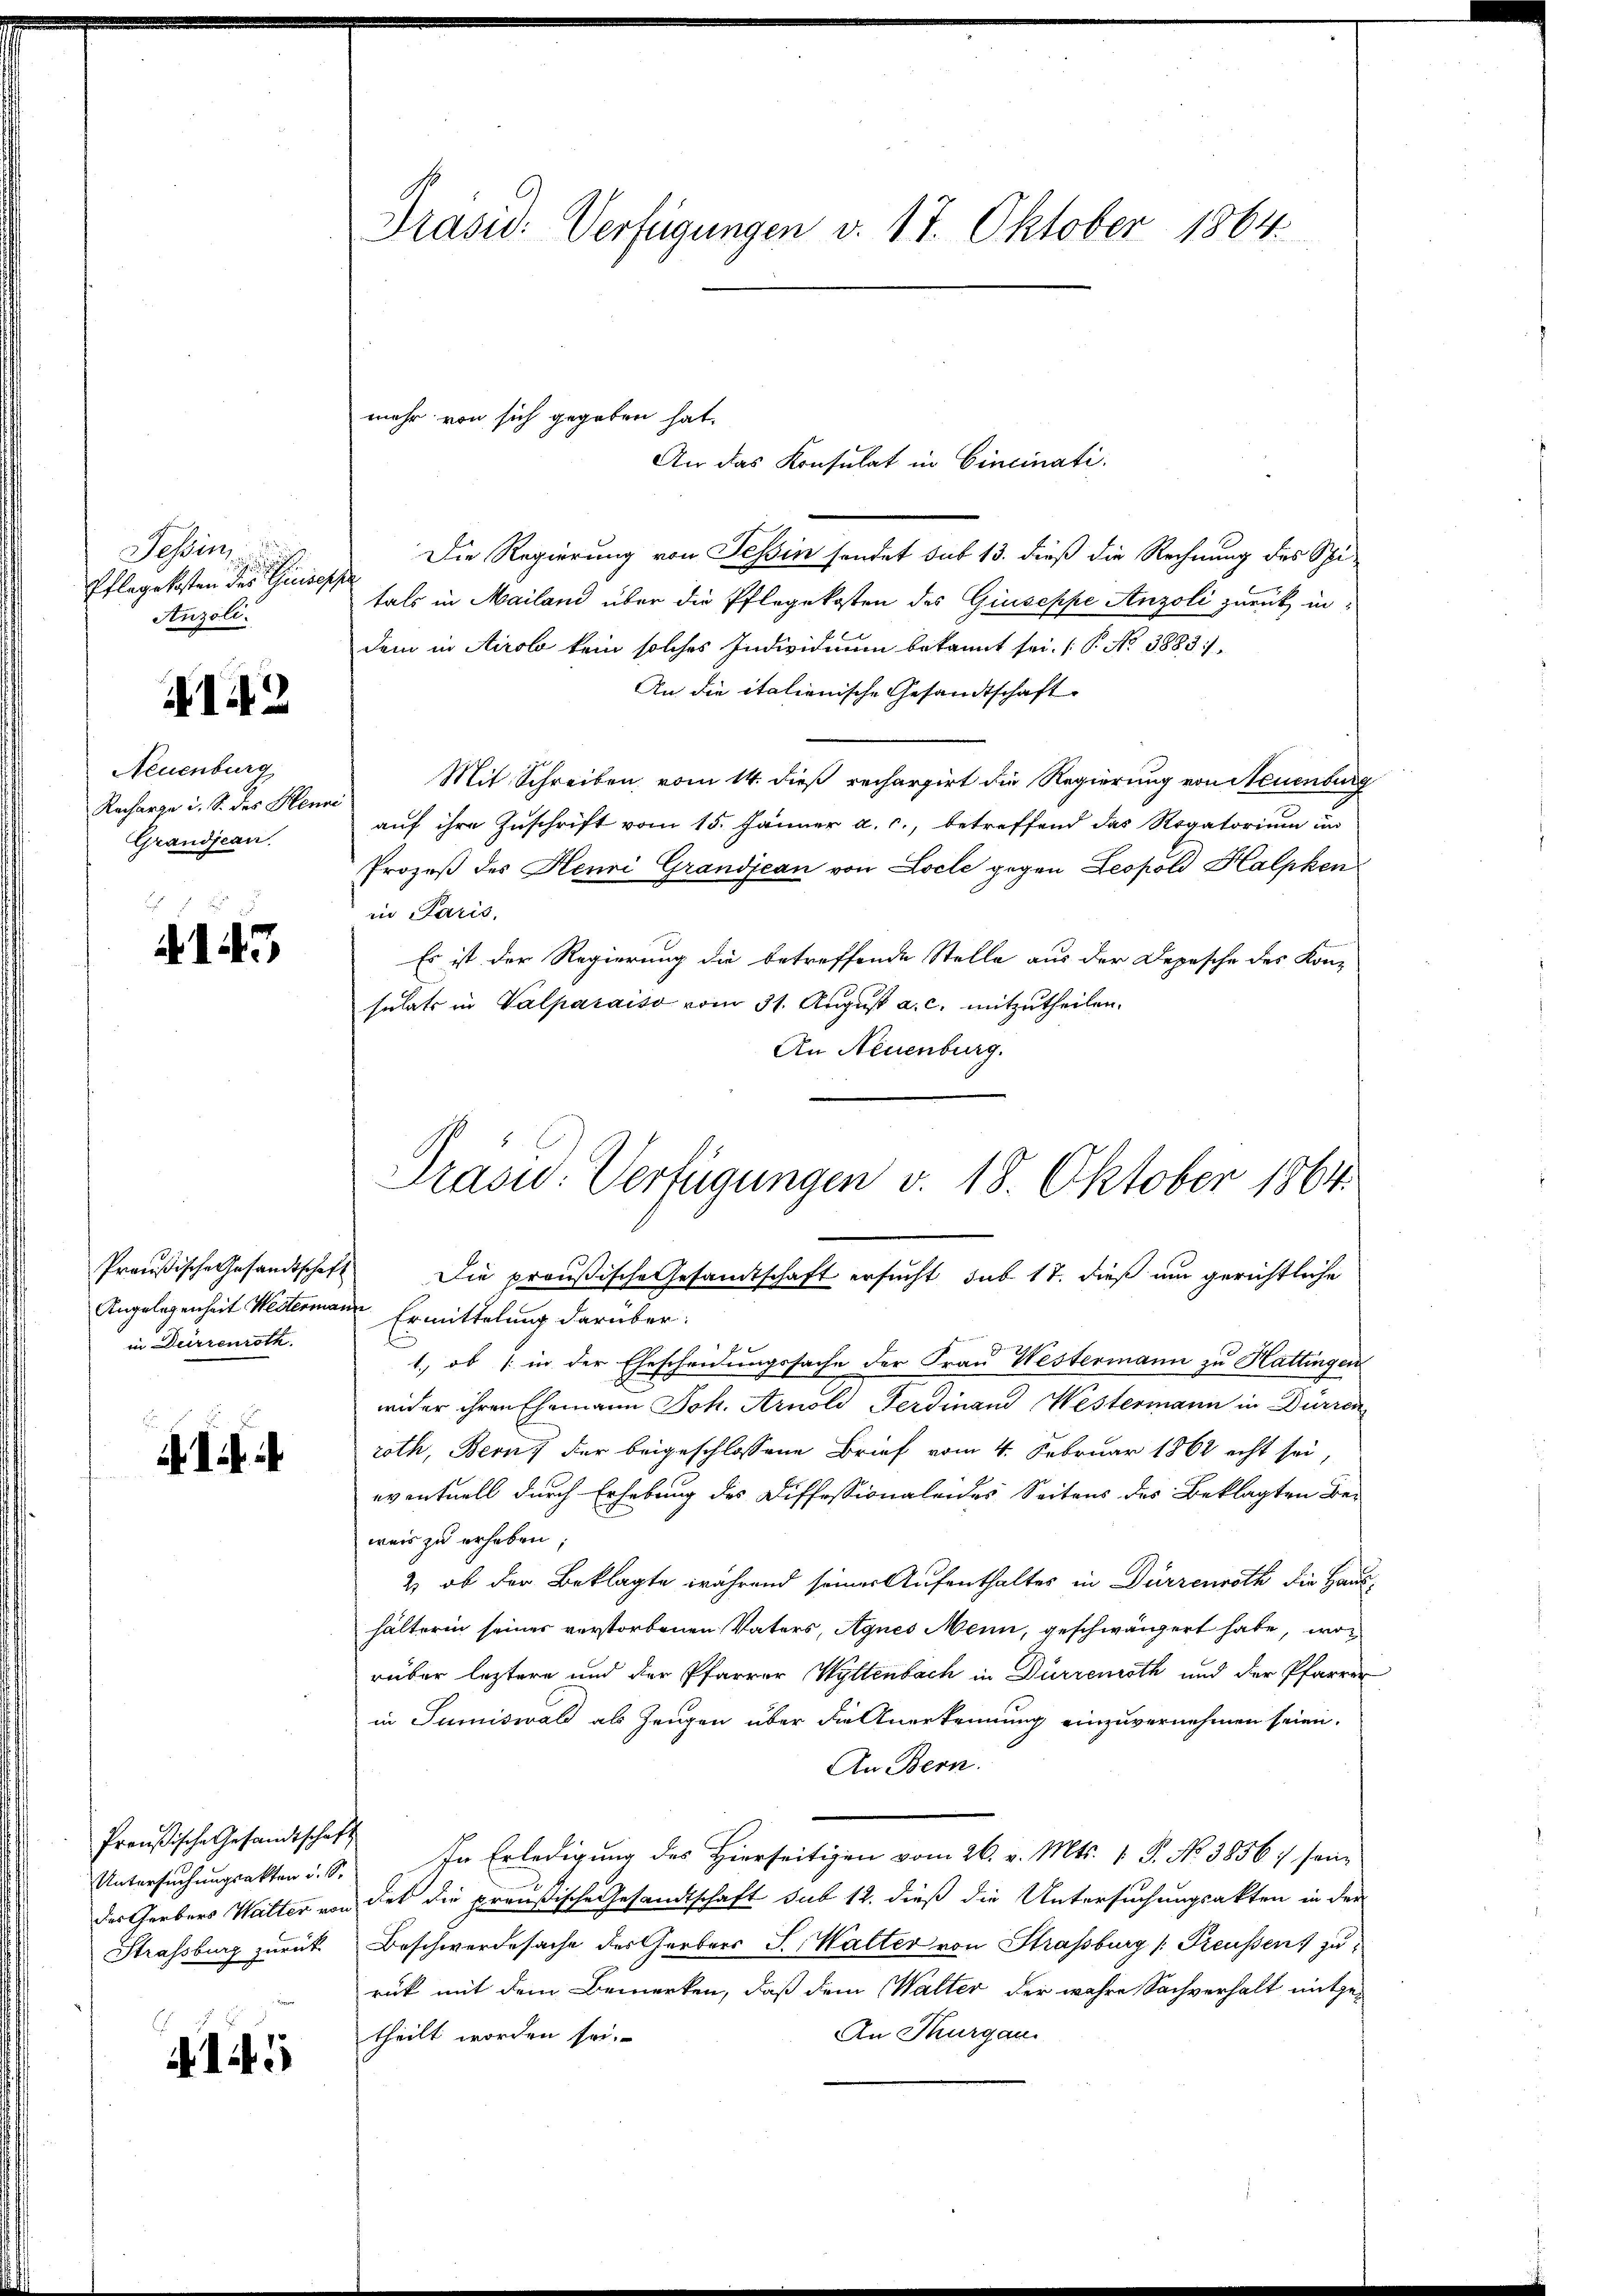
Tessin,
Pflegekosten der Schiffe
Anzoli.

142

Neuenburg
Racharge i. S. des Henn
Grandjean.

143

in Dürrenroth

Preußische Gesandtschaft
Untersuchungsakten u. S.
Strassburg zurück

Präsid. Verfügungen v. 17. Oktober 1864

Die Regierung von Tessin sondet sub 13. dieß die Rechnung des Spitals in Mailand über die Pflegekosten des Giuseppe Anzoli zurück indem in Airolo kein solches Individuum bekannt sei. (T. No 3883.
An die italienische Gesandtschaft
Mit Schreiben vom 14. dieß rechargirt die Regierung von Neuenburg
e
auf ihre Zuschrift vom 15. Jänner a. c., betreffend das Rogatorium in
Prozeß des Henni Grandjean von Loche gegen Leopold Halpken
in Paris,
Es ist der Regierung die betreffende Stelle aus der Depesche des Kon-
sulats in Valparaiso vom 31. August a. c. mitzutheilen.
An Neuenburg.

mehr von sich gegeben hat.
An das Konsulat in Cincinati

Angelegenheit Westermann Ermittelung darüber.
1., ob (: in der Ehescheidungssache der Frau Westermann zu Hattingen
wider ihren Ehemann Joh. Arnold Ferdinand Westermann in Dürren
roth, Bern, der beigeschlossene Brief vom 4. Februar 1862 echt sei,
eventuell durch Erhebung des Diffessionalendes Seitens des Beklagten Bei
weis zu erhoben
2 ob der Beklagte während seiner Aufenthalter in Dürrenroth die Haus-
hälterin seiner verstorbenen Vaters, Agnes Menn, geschwängert habe, worüber leztere und der Pfarrer Wyltenbach in Dürrenoth und der Pfarrer
in Sumiswald als Zeugen über die Anerkennung einzuvernehmen seien.
An Bern.
In Erledigung des Hierseitigen vom 26. v. Mts. 1. P. No. 3856 :/ seine
des Gerbers Watter von hat die preußische Gesandtschaft sub 12. dieß die Untersuchungsakten in der
Beschwerdesache des Gerbers S. Walter von Strassburg (Treussens zu
rück mit dem Bemerken, daß dem Walter der wahre Sachverhalt mitge¬
An Thurgau
theilt worden sei.

Präsid.. Verfügungen v. 18. Oktober 1864.
Preußische Gesandtschaft Die preußische Gesandtschaft ersucht sub 17. dieß um gerichtliche